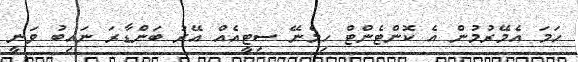
ހަމަ އެމޭރުމުން އެ ކޮންޓެންޓް ހިމެނޭ ސިޓީއެއް އޭރު ބަންޑާރަ ނައިބު ވަނީ